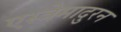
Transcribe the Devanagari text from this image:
एस्त्रेमादुरन